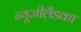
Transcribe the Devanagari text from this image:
न्यूजीलैंडका